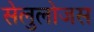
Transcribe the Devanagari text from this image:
सेलुलोजस